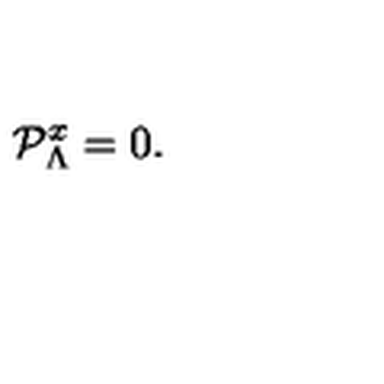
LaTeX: { \cal P } _ { \Lambda } ^ { x } = 0 .